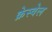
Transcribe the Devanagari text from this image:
क्रेस्वेल